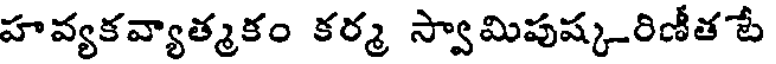
హవ్యకవ్యాత్మకం కర్మ స్వామిపుష్కరిణీత పే